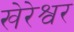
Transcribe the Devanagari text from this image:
खेरेश्वर